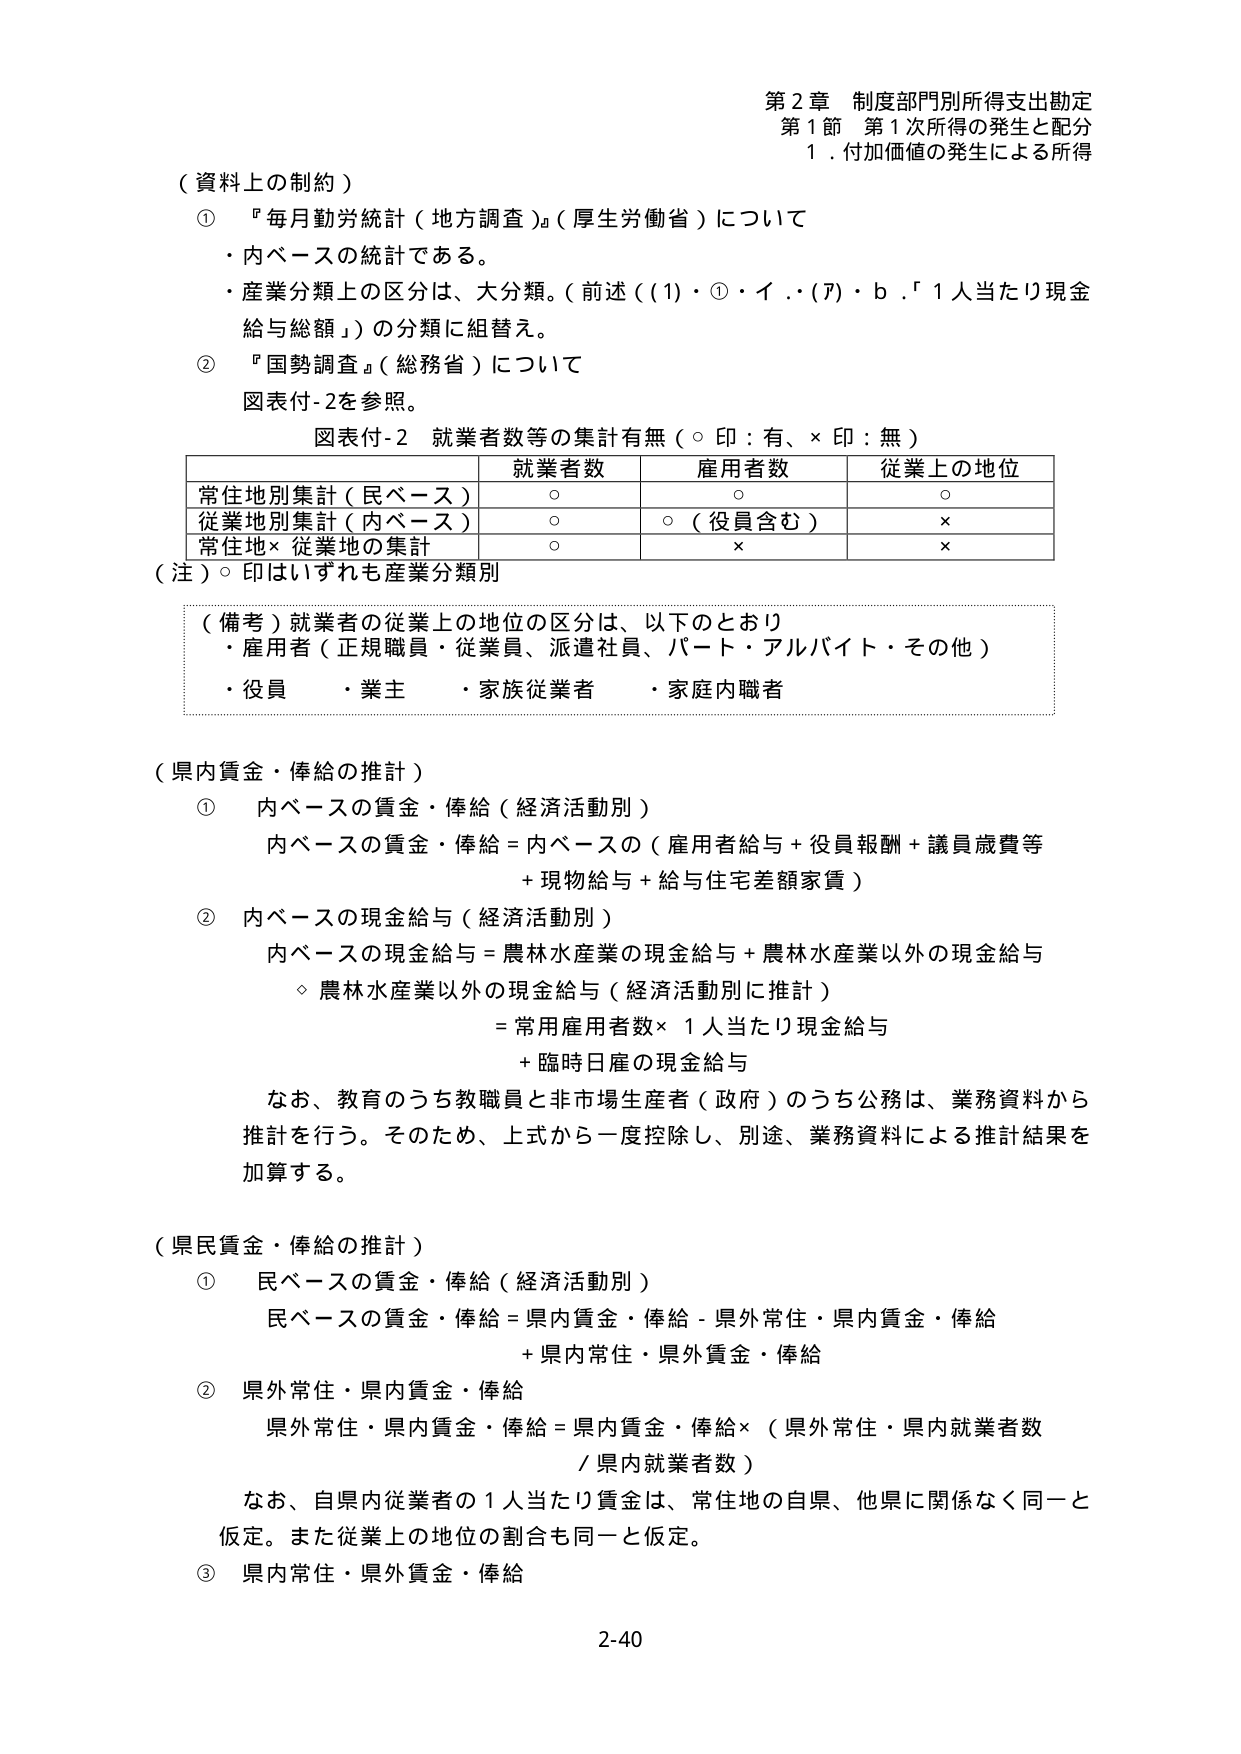
第２章 制度部門別所得支出勘定
第１節 第１次所得の発生と配分
１．付加価値の発生による所得

（資料上の制約）
① 『毎月勤労統計（地方調査）』（厚生労働省）について
・内ベースの統計である。
・産業分類上の区分は、大分類。（前述（（1）・①・イ．・（ア）・ｂ．「１人当たり現金給与総額」）の分類に組替え。

② 『国勢調査』（総務省）について
図表付-2を参照。

図表付-2 就業者数等の集計有無（○印：有、×印：無）
| | 就業者数 | 雇用者数 | 従業上の地位 |
|---|---|---|---|
| 常住地別集計（民ベース） | ○ | ○ | ○ |
| 従業地別集計（内ベース） | ○ | ○（役員含む） | × |
| 常住地×従業地の集計 | ○ | × | × |

（注）○印はいずれも産業分類別

（備考）就業者の従業上の地位の区分は、以下のとおり
・雇用者（正規職員・従業員、派遣社員、パート・アルバイト・その他）
・役員　・業主　・家族従業者　・家庭内職者

（県内賃金・俸給の推計）
① 内ベースの賃金・俸給（経済活動別）
内ベースの賃金・俸給＝内ベースの（雇用者給与＋役員報酬＋議員歳費等
＋現物給与＋給与住宅差額家賃）

② 内ベースの現金給与（経済活動別）
内ベースの現金給与＝農林水産業の現金給与＋農林水産業以外の現金給与
　◇ 農林水産業以外の現金給与（経済活動別に推計）
　　＝常用雇用者数×１人当たり現金給与
　　＋臨時日雇の現金給与

なお、教育のうち教職員と非市場生産者（政府）のうち公務は、業務資料から推計を行う。そのため、上式から一度控除し、別途、業務資料による推計結果を加算する。

（県民賃金・俸給の推計）
① 民ベースの賃金・俸給（経済活動別）
民ベースの賃金・俸給＝県内賃金・俸給－県外常住・県内賃金・俸給
　＋県内常住・県外賃金・俸給

② 県外常住・県内賃金・俸給
県外常住・県内賃金・俸給＝県内賃金・俸給×（県外常住・県内就業者数
／県内就業者数）

なお、自県内従業者の１人当たり賃金は、常住地の自県、他県に関係なく同一と仮定。また従業上の地位の割合も同一と仮定。

③ 県内常住・県外賃金・俸給

2-40